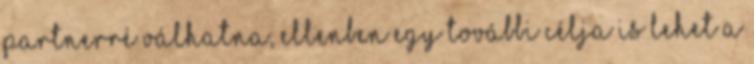
partnerré válhatna, ellenben egy további célja is lehet a